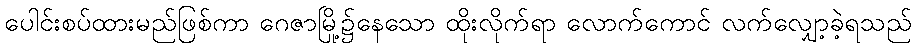
ပေါင်းစပ်ထားမည်ဖြစ်ကာ ဂေဇာမြို့၌နေသော ထိုးလိုက်ရာ လောက်ကောင် လက်လျှော့ခဲ့ရသည်